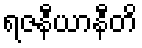
ရဇနီယာနီတိ